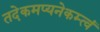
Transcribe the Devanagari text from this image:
तदेकमप्यनेकम्त्वं